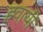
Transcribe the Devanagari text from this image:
हवायी